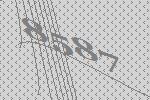
8587